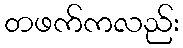
တဖက်ကလည်း